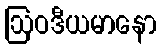
ဩဝဒီယမာနော